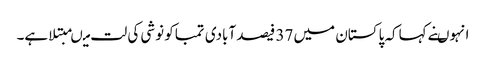
انہوںنے کہاکہ پاکستان میں 37 فیصد آبادی تمباکو نوشی کی لت میںمبتلا ہے۔